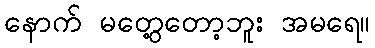
နောက် မတွေ့တော့ဘူး အမရေ။